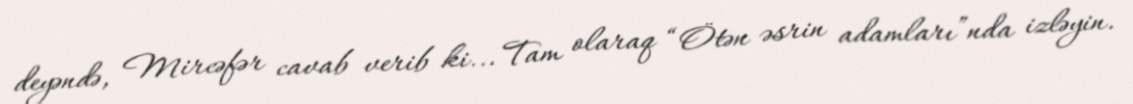
deyəndə, Mircəfər cavab verib ki... Tam olaraq “Ötən əsrin adamları”nda izləyin.